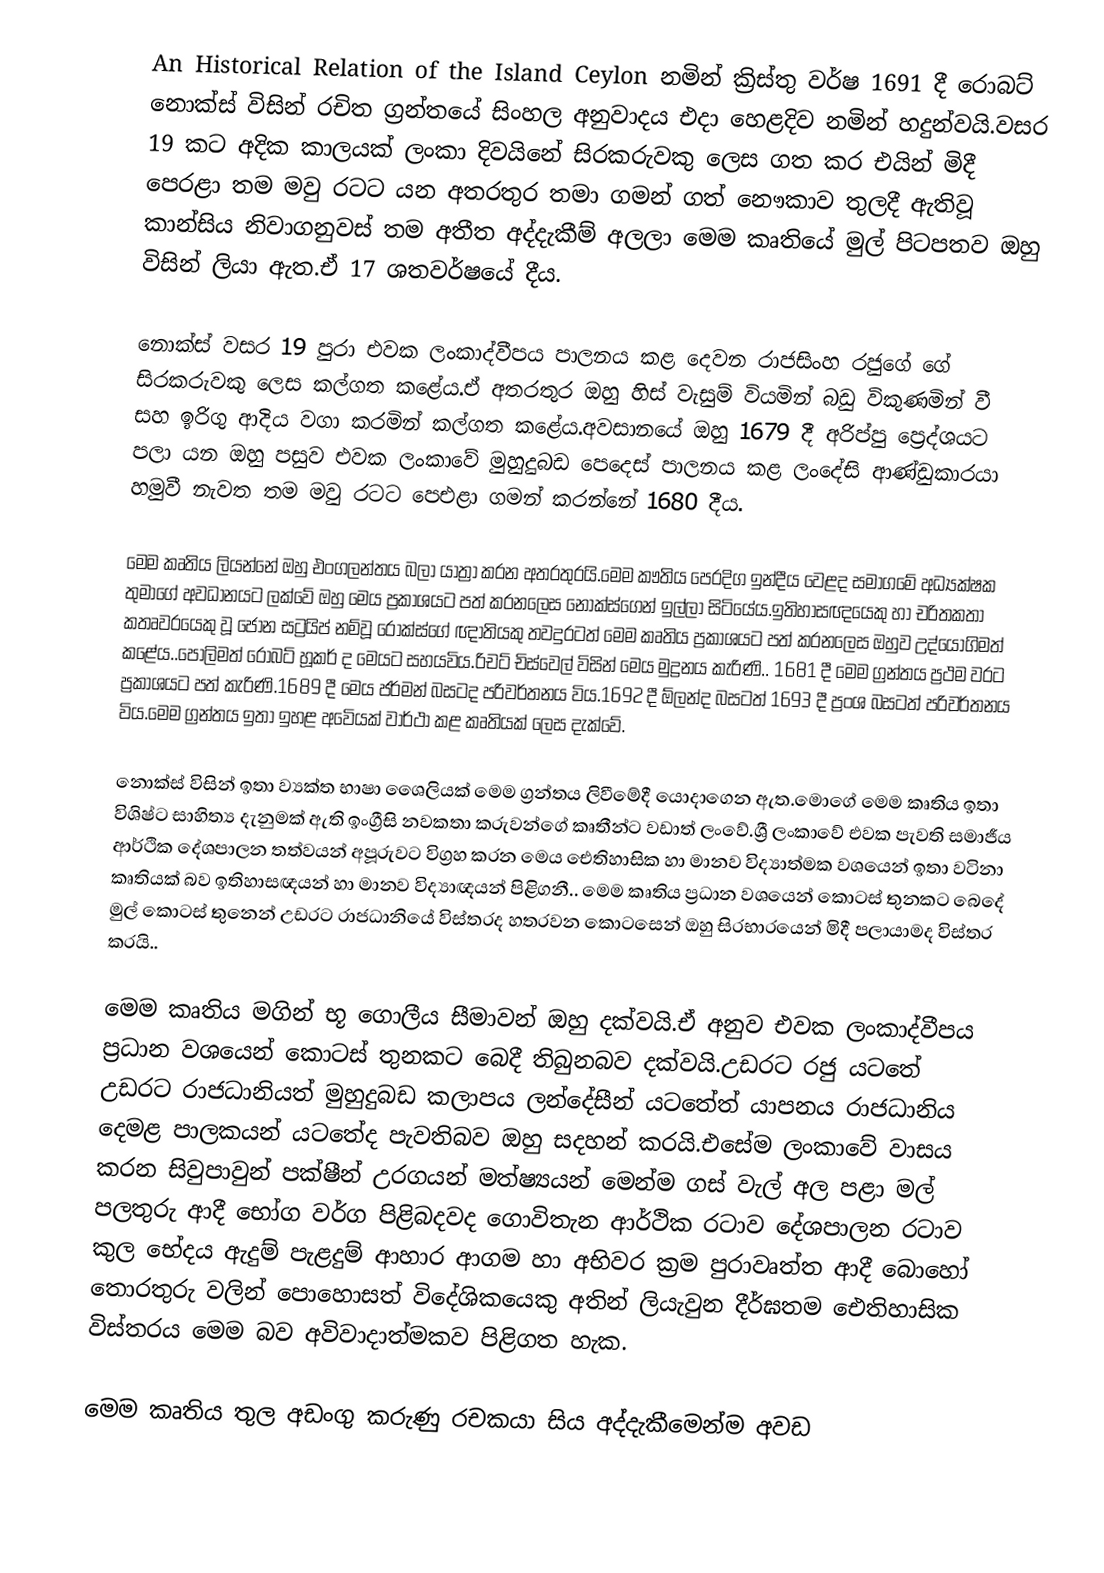
An Historical Relation of the Island Ceylon  නමින්  ක්‍රිස්තු වර්ෂ 1691 දී රොබට් නොක්ස් විසින් රචිත ග්‍රන්තයේ සිංහල අනුවාදය එදා හෙළදිව නමින් හදුන්වයි.වසර 19 කට අදික කාලයක් ලංකා දිවයිනේ සිරකරුවකු ලෙස ගත කර එයින් මිදී පෙරළා තම මවු රටට යන අතරතුර තමා ගමන් ගත් නෞකාව තුලදී ඇතිවූ කාන්සිය නිවාගනුවස් තම අතීත අද්දැකීම් අලලා මෙම කෘතියේ මුල් පිටපතව ඔහු විසින් ලියා ඇත.ඒ 17 ශතවර්ෂයේ දීය.

නොක්ස් වසර 19 පුරා එවක ලංකාද්වීපය පාලනය කළ දෙවන රාජසිංහ රජුගේ ගේ සිරකරුවකු  ලෙස කල්ගත කළේය.ඒ අතරතුර ඔහු හිස් වැසුම් වියමින් බඩු විකුණමින් වී සහ ඉරිගු ආදිය වගා කරමින් කල්ගත කළේය.අවසානයේ ඔහු 1679 දී අරිප්පු ප්‍රෙද්ශයට පලා යන ඔහු පසුව එවක ලංකාවේ මුහුදුබඩ පෙදෙස් පාලනය කළ ලංදේසි ආණ්ඩුකාරයා හමුවී නැවත තම මවු රටට පෙඑළා ගමන් කරන්නේ 1680 දීය.

මෙම කෘතිය ලියන්නේ ඔහු එංගලන්තය බලා යාත්‍රා කරන අතරතුරයි.මෙම කෟතිය පෙරදිග ඉන්දීය වෙළද සමාගමේ අධ්‍යක්ෂක තුමාගේ අවධානයට ලක්වේ ඔහු මෙය ප්‍රකාශයට පත් කරනලෙස නොක්ස්ගෙන් ඉල්ලා සිටියේය.ඉතිහාසඥයෙකු හා චරිතකතා කතෘවරයෙකු වූ  ජොන සට්‍රයිප් නම්වූ රොක්ස්ගේ  ඥාතියකු  තවදුරටත් මෙම කෘතිය ප්‍රකාශයට පත් කරනලෙස ඔහුව උද්යොගිමත් කළේය..පොලිමත් රොබට් හූකර් ද මෙයට සහයවිය.රිචට් චිස්වෙල් විසින් මෙය මුද්‍රනය කැරිණි.. 1681 දී මෙම ග්‍රන්තය ප්‍රථම වරට ප්‍රකාශයට පත් කැරිණි.1689 දී මෙය ජර්මන් බසටද පරිවර්තනය විය.1692 දී  ඕලන්ද බසටත් 1693 දී ප්‍රංශ බසටත් පරිවර්තනය විය.මෙම ග්‍රන්තය ඉතා ඉහළ අවෙියක් වාර්ථා කළ කෘතියක් ලෙස දැක්වේ.

නොක්ස් විසින් ඉතා ව්‍යක්ත භාෂා ශෛලියක් මෙම ග්‍රන්තය ලිවීමේදී යොදාගෙන ඇත.මොගේ මෙම කෘතිය ඉතා විශිෂ්ට සාහිත්‍ය දැනුමක් ඇති ඉංග්‍රීසි නවකතා කරුවන්ගේ කෘතීන්ට වඩාත් ලංවේ.ශ්‍රී ලංකාවේ එවක පැවති සමාජීය ආර්ථික දේශපාලන තත්වයන්  අපූරුවට විග්‍රහ කරන මෙය ඓතිහාසික හා මානව විද්‍යාත්මක වශයෙන් ඉතා වටිනා කෘතියක් බව ඉතිහාසඥයන් හා මානව විද්‍යාඥයන් පිළිගනී..  මෙම කෘතිය ප්‍රධාන වශයෙන් කොටස් තුනකට බෙදේ මුල් කොටස් තුනෙන් උඩරට රාජධානියේ විස්තරද හතරවන කොටසෙන් ඔහු සිරභාරයෙන් මිදී පලායාමද විස්තර කරයි..

මෙම කෘතිය මගින් භූ ගොලීය සීමාවන් ඔහු දක්වයි.ඒ අනුව එවක ලංකාද්වීපය ප්‍රධාන වශයෙන් කොටස් තුනකට බෙදී තිබුනබව  දක්වයි.උඩරට රජු යටතේ උඩරට රාජධානියත් මුහුදුබඩ කලාපය ලන්දේසීන් යටතේත් යාපනය රාජධානිය දෙමළ පාලකයන් යටතේද පැවතිබව ඔහු සදහන් කරයි.එසේම ලංකාවේ වාසය කරන සිවුපාවුන් පක්ෂීන් උරගයන් මත්ෂ්‍යයන්  මෙන්ම ගස් වැල් අල පළා මල් පලතුරු ආදී භෝග වර්ග පිළිබදවද ගොවිතැන ආර්ථික රටාව දේශපාලන රටාව කුල භේදය ඇදුම් පැළදුම් ආහාර ආගම හා අභිවර ක්‍රම පුරාවෘත්ත ආදී බොහෝ තොරතුරු වලින් පොහොසත් විදේශිකයෙකු අතින් ලියැවුන දීර්ඝතම ඓතිහාසික විස්තරය මෙම බව අවිවාදාත්මකව පිළිගත හැක.

මෙම කෘතිය තුල අඩංගු කරුණු රචකයා සිය අද්දැකීමෙන්ම අවඩ